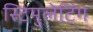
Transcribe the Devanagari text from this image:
स्टिमुलेटिंग